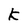
Character: K